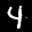
Label: 4